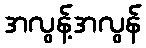
အလွန့်အလွန်